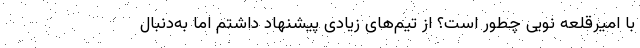
با امیرقلعه نویی چطور است؟ از تیم‌های زیادی پیشنهاد داشتم اما به‌دنبال